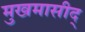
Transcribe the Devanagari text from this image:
मुखमासीद्